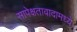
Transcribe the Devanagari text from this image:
सापेक्षतावादामध्ये